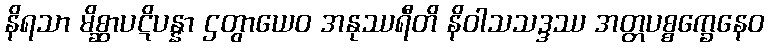
နိရသာ မိစ္ဆာပဋိပန္နာ ဌတွာယေဝ အနုဿရီတိ နိဝါသသဒ္ဒဿ အတ္တပစ္စက္ခေနေဝ